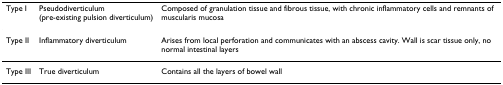
<table><thead><tr><td><b>Type I</b></td><td><b>Pseudodiverticulum(pre-existing pulsion diverticulum)</b></td><td><b>Composed of granulation tissue and fibrous tissue, with chronic inflammatory cells and remnants of muscularis mucosa</b></td></tr></thead><tbody><tr><td>Type II</td><td>Inflammatory diverticulum</td><td>Arises from local perforation and communicates with an abscess cavity. Wall is scar tissue only, no normal intestinal layers</td></tr><tr><td>Type III</td><td>True diverticulum</td><td>Contains all the layers of bowel wall</td></tr></tbody></table>